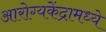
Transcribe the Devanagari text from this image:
आरोग्यकेंद्रामध्ये